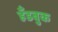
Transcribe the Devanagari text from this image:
हँडबुक